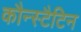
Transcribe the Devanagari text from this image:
कौन्स्टैटिन